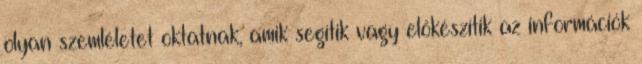
olyan szemléletet oktatnak, amik segítik vagy előkészítik az információk